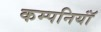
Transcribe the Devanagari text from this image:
कम्पनियॉं